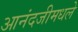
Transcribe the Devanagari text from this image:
आनंदजीमधले